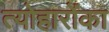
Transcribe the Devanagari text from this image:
त्योहारोंका